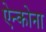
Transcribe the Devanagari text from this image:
ऐन्कोना